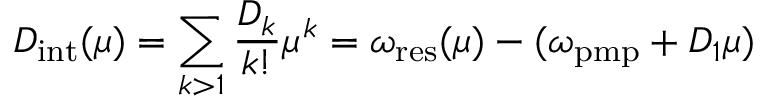
D _ { \mathrm { i n t } } ( \mu ) = \sum _ { k > 1 } \frac { D _ { k } } { k ! } \mu ^ { k } = \omega _ { \mathrm { r e s } } ( \mu ) - ( \omega _ { \mathrm { p m p } } + D _ { 1 } \mu )